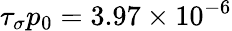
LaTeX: \tau_{\sigma}p_{0}=3.97\times 10^{-6}